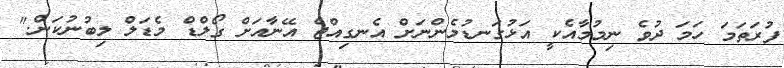
ފުރަތަމަ ހަމަ ދުވެ ނިމުމާއެކީ އަޅުގަނޑުމެންނަށް އެނގިއްޖެ އޭނާއަށް ގޯލްޑް މެޑަލް ލިބުނުކަން."